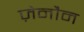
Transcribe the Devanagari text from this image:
ज़ेनौन